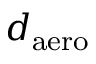
d _ { \mathrm { a e r o } }